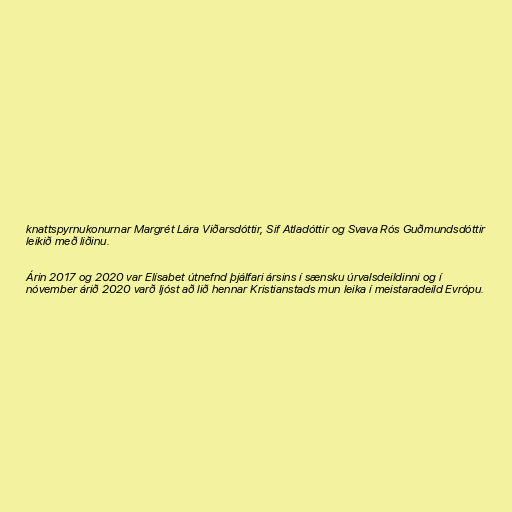
knattspyrnukonurnar Margrét Lára Viðarsdóttir, Sif Atladóttir og Svava Rós Guðmundsdóttir
leikið með liðinu.

Árin 2017 og 2020 var Elísabet útnefnd þjálfari ársins í sænsku úrvalsdeildinni og í
nóvember árið 2020 varð ljóst að lið hennar Kristianstads mun leika í meistaradeild Evrópu.